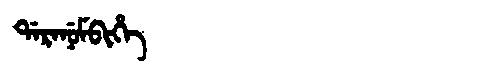
Manchu: ᡩᠠᡵᠠᠨᡠᠮᠪᡳᡥᡝ
Romanization: DARANUMBIHE